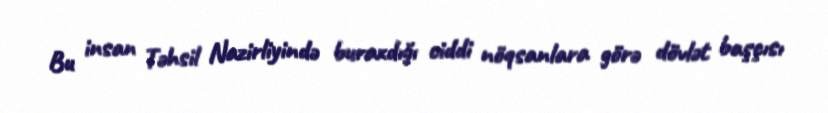
Bu insan Təhsil Nazirliyində buraxdığı ciddi nöqsanlara görə dövlət başçısı